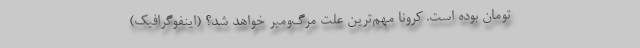
تومان بوده است. کرونا مهم‌ترین علت مرگ‌ومیر خواهد شد؟ (اینفوگرافیک)